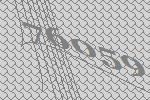
76059